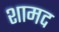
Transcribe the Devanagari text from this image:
शामद